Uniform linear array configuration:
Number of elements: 4
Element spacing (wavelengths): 0.5
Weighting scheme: blackman
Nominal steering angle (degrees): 45
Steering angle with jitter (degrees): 46.203
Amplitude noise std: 0.05
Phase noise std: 0.05

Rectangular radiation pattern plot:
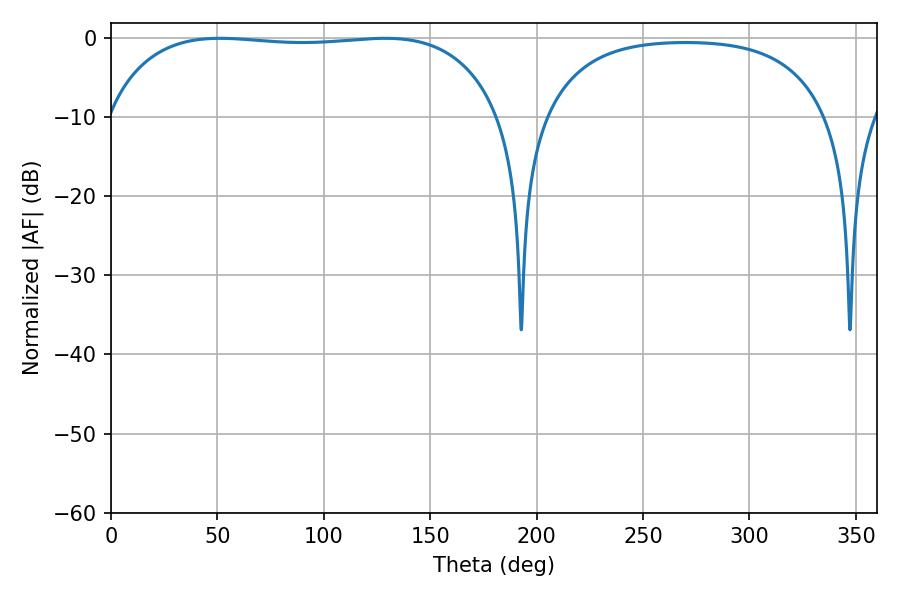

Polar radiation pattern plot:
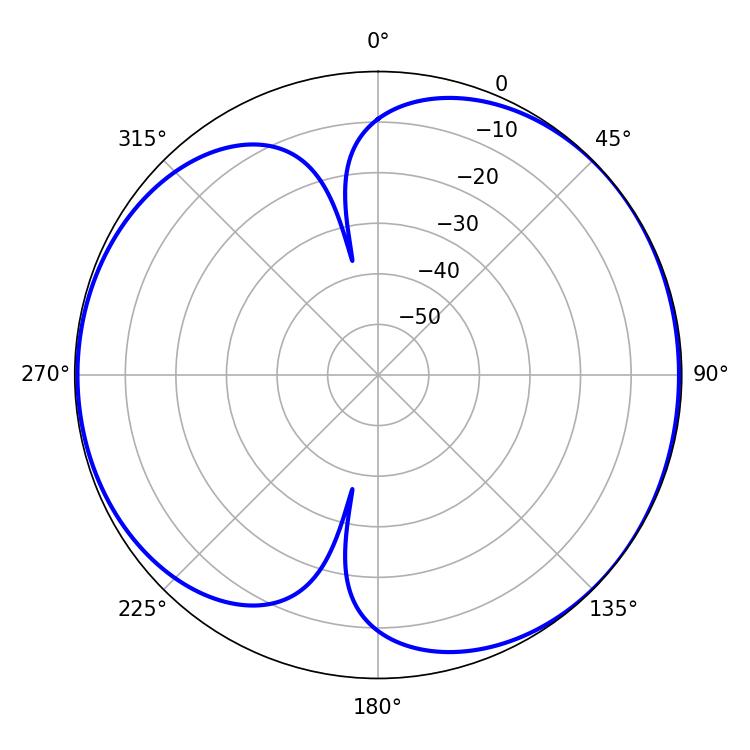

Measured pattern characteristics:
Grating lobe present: FALSE
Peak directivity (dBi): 5.437
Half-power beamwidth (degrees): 147.6
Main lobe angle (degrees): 51.12